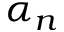
\alpha _ { n }